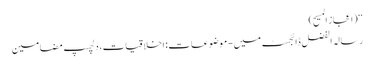
‘‘ (اعجاز المسیح)
رسالہ الفضل ڈائجسٹ میں - موضوعات: اخلاقیات، دلچسپ مضامین